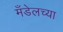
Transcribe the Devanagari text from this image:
मँडेलच्या